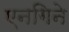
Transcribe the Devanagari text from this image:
एनगिने